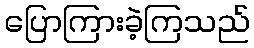
ပြောကြားခဲ့ကြသည်